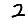
Digit: 2